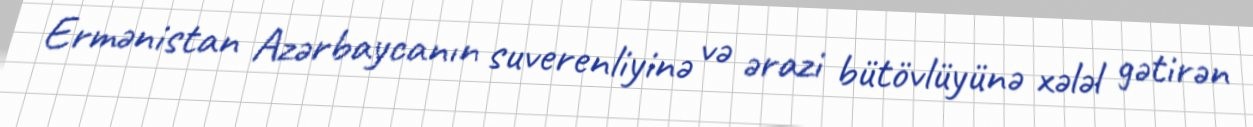
Ermənistan Azərbaycanın suverenliyinə və ərazi bütövlüyünə xələl gətirən